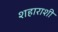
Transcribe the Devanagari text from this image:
शहाराशी